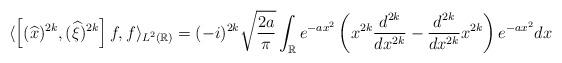
LaTeX: \begin{align*}\langle \left[(\widehat x)^{2k}, (\widehat \xi)^{2k} \right] f , f \rangle_{L^2 (\mathbb{R})} = (-i )^{2k} \sqrt{\frac{2a}{\pi}} \int_{\mathbb{R}} e^{-a x^2} \left( x^{2k} \frac{d^{2k}}{dx^{2k}} - \frac{d^{2k}}{dx^{2k}} x^{2k} \right) e^{-a x^2} dx\end{align*}